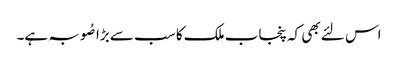
اس لئے بھی کہ پنجاب ملک کا سب سے بڑا صُوبہ ہے۔